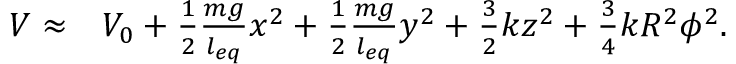
\begin{array} { r l } { V \approx } & { { } V _ { 0 } + \frac { 1 } { 2 } \frac { m g } { l _ { e q } } x ^ { 2 } + \frac { 1 } { 2 } \frac { m g } { l _ { e q } } y ^ { 2 } + \frac { 3 } { 2 } k z ^ { 2 } + \frac { 3 } { 4 } k R ^ { 2 } \phi ^ { 2 } . } \end{array}